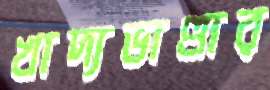
খাদ্যভাণ্ডার